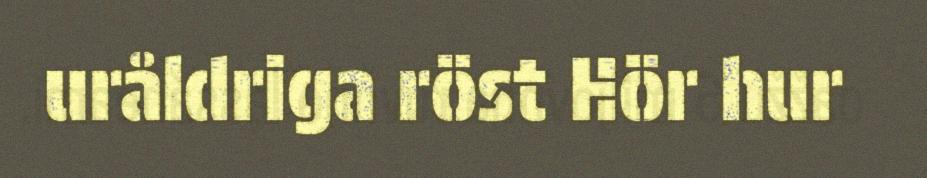
uråldriga röst Hör hur